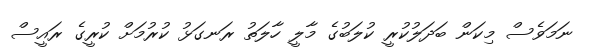
ނަމަވެސް މިކަން ބަދަލުކުރީ ކުލަބުގެ މާލީ ހާލަތު ރަނގަޅު ކުރުމަށް ކުރީގެ ރައީސް